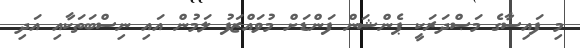
މި ފައިސާގެ މަޞްދަރަކީ ޕެންޝަން ފަންޑަށް މުވައްޒަފު ލަމުން އައި ނިސްބަތަކާއި އަދި